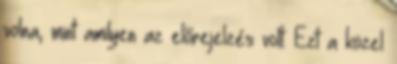
volna, mint amilyen az előrejelzés volt. Ezt a közel